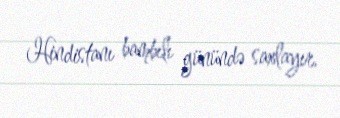
Hindistanı bambılı günündə saxlayır.